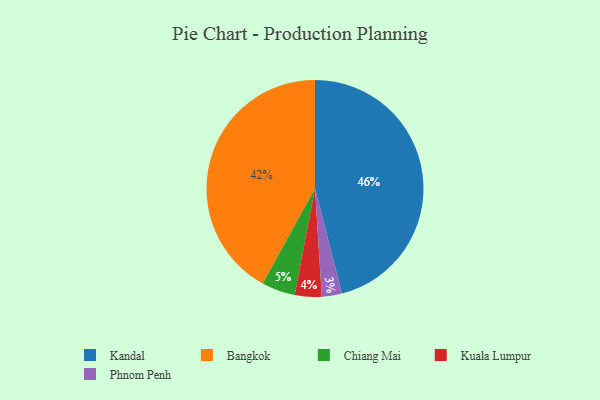
{"axis": {"x": "Category", "y": "Percentage"}, "legend": ["Bangkok", "Chiang Mai", "Kandal", "Kuala Lumpur", "Phnom Penh"], "data": [{"x": "Chiang Mai", "y": 5, "type": "Chiang Mai"}, {"x": "Kuala Lumpur", "y": 4, "type": "Kuala Lumpur"}, {"x": "Phnom Penh", "y": 3, "type": "Phnom Penh"}, {"x": "Kandal", "y": 46, "type": "Kandal"}, {"x": "Bangkok", "y": 42, "type": "Bangkok"}]}